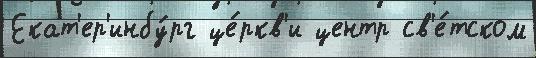
Екат'ер'инбу́рг це́ркв'и центр св'е́тском